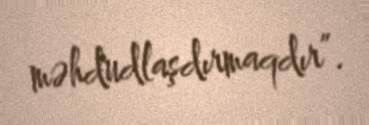
məhdudlaşdırmaqdır”.